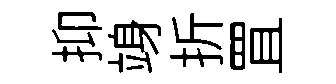
抑竧折罝